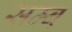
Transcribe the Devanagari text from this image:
सम्ब